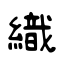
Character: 織